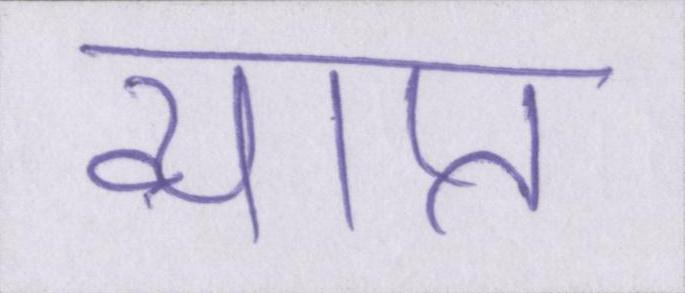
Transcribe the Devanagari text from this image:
व्याप्त